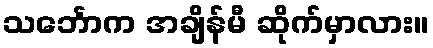
သင်္ဘောက အချိန်မီ ဆိုက်မှာလား။